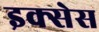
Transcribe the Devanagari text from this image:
इक्सेस